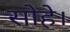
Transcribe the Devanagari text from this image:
सोहे।